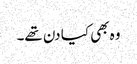
وہ بھی کیا دن تھے۔